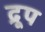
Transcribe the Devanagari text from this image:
द्रूप